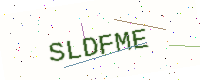
Text: SLDFME